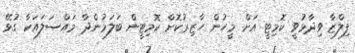
ފިލްޒާ ވިދާޅުވީ ކޮމިޓީ އަށް މީހުން ހާޒިރުކޮށް ކޮމިޓީން ބަލަމުންދާ މައްސަލައަކާ ގުޅޭ